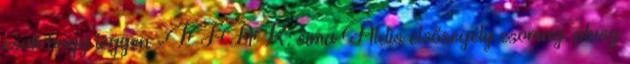
csak hogy legyen -IFAK: sima Aldis elsősegély csomag, plusz